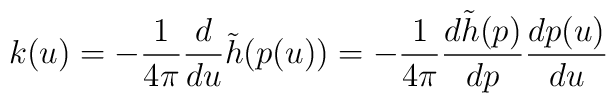
k(u)=-\frac{1}{4\pi}\frac{d}{du}\tilde h(p(u))=-\frac{1}{4\pi}\frac{d\tilde h(p)}{dp}\frac{dp(u)}{du}